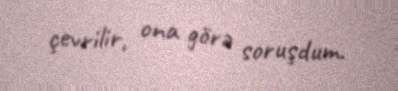
çevrilir, ona görə soruşdum.